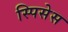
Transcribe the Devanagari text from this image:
स्पिसेस